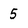
Character: 5